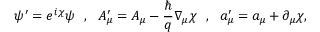
\psi ^ { \prime } = e ^ { i \chi } \psi \ \ , \ \ A _ { \mu } ^ { \prime } = A _ { \mu } - \frac { \hbar } { q } \nabla _ { \mu } \chi \ \ , \ \ a _ { \mu } ^ { \prime } = a _ { \mu } + \partial _ { \mu } \chi ,